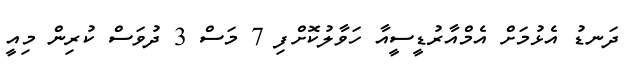
ދަނޑު އެޅުމަށް އެމްއާރުޑީސީއާ ހަވާލުކޮށްފި 7 މަސް 3 ދުވަސް ކުރިން މިއީ